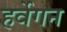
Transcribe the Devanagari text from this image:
हर्वेगन